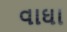
વાઘા